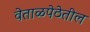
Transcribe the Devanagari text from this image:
वेताळपेठेतील